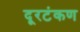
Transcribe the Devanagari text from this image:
दूरटंकण